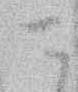
に